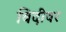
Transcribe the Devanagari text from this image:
बिदीवर